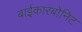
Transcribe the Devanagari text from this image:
बाईकारबोनिट